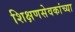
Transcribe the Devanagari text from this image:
शिक्षणसेवकांच्या